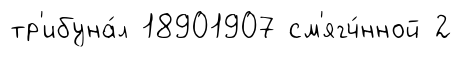
тр'ибуна́л 18901907 см'ягч́нной 2